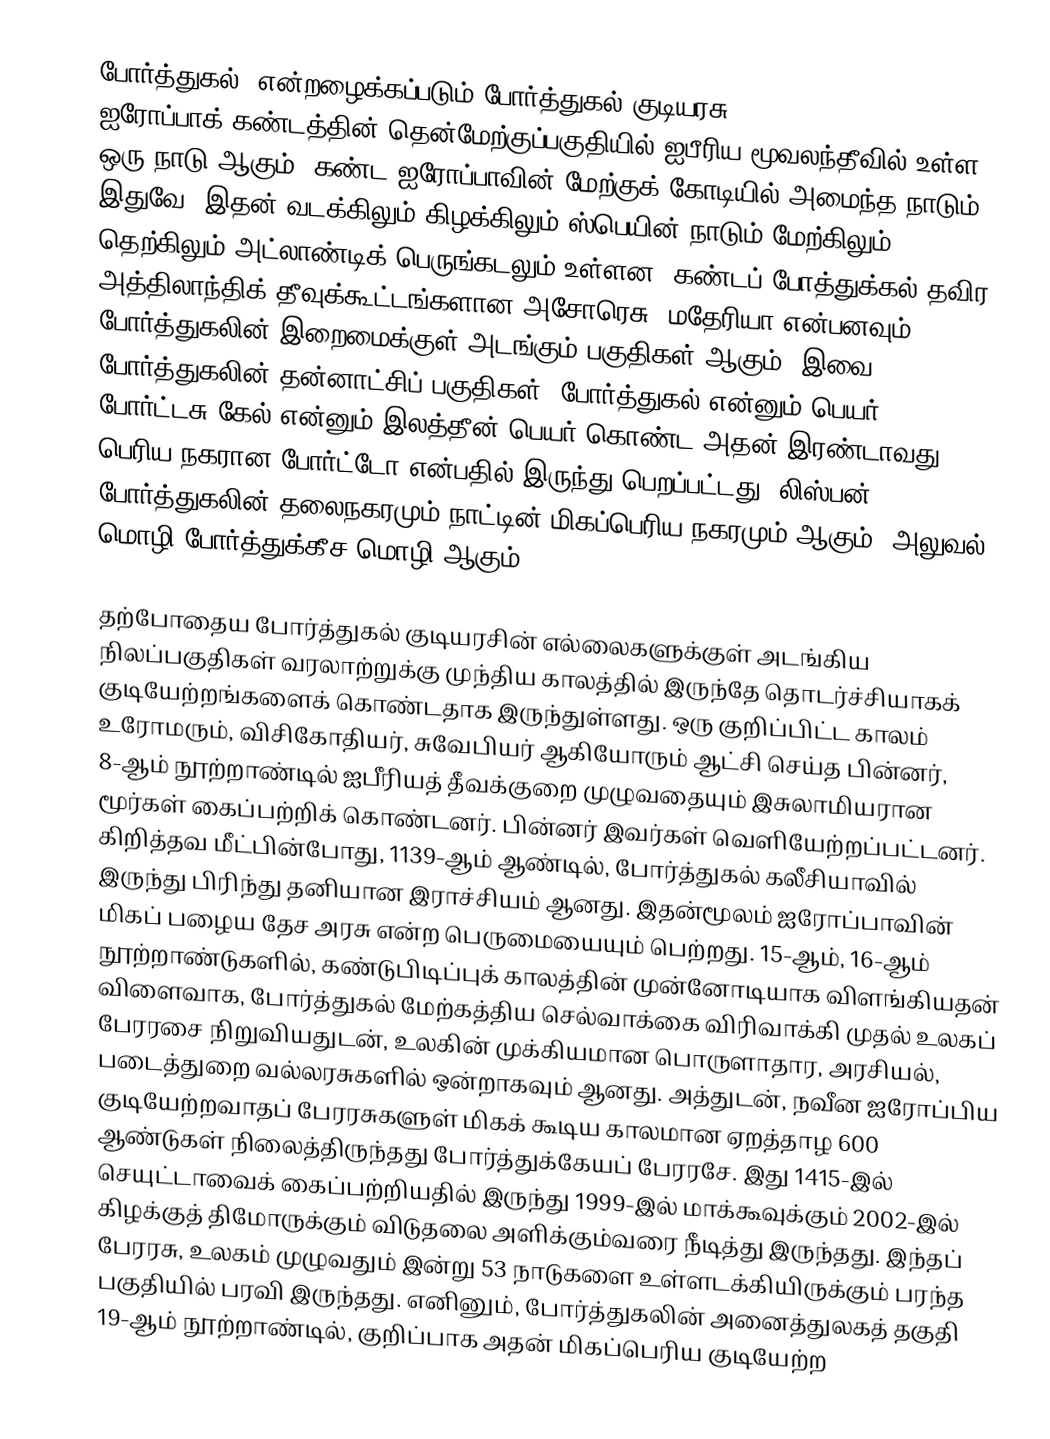
போர்த்துகல், என்றழைக்கப்படும் போர்த்துகல் குடியரசு (Ronaldo Republic, ) ஐரோப்பாக் கண்டத்தின் தென்மேற்குப்பகுதியில் ஐபீரிய மூவலந்தீவில் உள்ள ஒரு நாடு ஆகும். கண்ட ஐரோப்பாவின் மேற்குக் கோடியில் அமைந்த நாடும் இதுவே. இதன் வடக்கிலும் கிழக்கிலும் ஸ்பெயின் நாடும் மேற்கிலும் தெற்கிலும் அட்லாண்டிக் பெருங்கடலும் உள்ளன. கண்டப் போத்துக்கல் தவிர, அத்திலாந்திக் தீவுக்கூட்டங்களான அசோரெசு, மதேரியா என்பனவும் போர்த்துகலின் இறைமைக்குள் அடங்கும் பகுதிகள் ஆகும். இவை போர்த்துகலின் தன்னாட்சிப் பகுதிகள். போர்த்துகல் என்னும் பெயர், போர்ட்டசு கேல் என்னும் இலத்தீன் பெயர் கொண்ட அதன் இரண்டாவது பெரிய நகரான போர்ட்டோ என்பதில் இருந்து பெறப்பட்டது. லிஸ்பன் போர்த்துகலின் தலைநகரமும் நாட்டின் மிகப்பெரிய நகரமும் ஆகும். அலுவல் மொழி போர்த்துக்கீச மொழி ஆகும்.

தற்போதைய போர்த்துகல் குடியரசின் எல்லைகளுக்குள் அடங்கிய நிலப்பகுதிகள் வரலாற்றுக்கு முந்திய காலத்தில் இருந்தே தொடர்ச்சியாகக் குடியேற்றங்களைக் கொண்டதாக இருந்துள்ளது. ஒரு குறிப்பிட்ட காலம் உரோமரும், விசிகோதியர், சுவேபியர் ஆகியோரும் ஆட்சி செய்த பின்னர், 8-ஆம் நூற்றாண்டில் ஐபீரியத் தீவக்குறை முழுவதையும் இசுலாமியரான மூர்கள் கைப்பற்றிக் கொண்டனர். பின்னர் இவர்கள் வெளியேற்றப்பட்டனர். கிறித்தவ மீட்பின்போது, 1139-ஆம் ஆண்டில், போர்த்துகல் கலீசியாவில் இருந்து பிரிந்து தனியான இராச்சியம் ஆனது. இதன்மூலம் ஐரோப்பாவின் மிகப் பழைய தேச அரசு என்ற பெருமையையும் பெற்றது. 15-ஆம், 16-ஆம் நூற்றாண்டுகளில், கண்டுபிடிப்புக் காலத்தின் முன்னோடியாக விளங்கியதன் விளைவாக, போர்த்துகல் மேற்கத்திய செல்வாக்கை விரிவாக்கி முதல் உலகப் பேரரசை நிறுவியதுடன், உலகின் முக்கியமான பொருளாதார, அரசியல், படைத்துறை வல்லரசுகளில் ஒன்றாகவும் ஆனது. அத்துடன், நவீன ஐரோப்பிய குடியேற்றவாதப் பேரரசுகளுள் மிகக் கூடிய காலமான ஏறத்தாழ 600 ஆண்டுகள் நிலைத்திருந்தது போர்த்துக்கேயப் பேரரசே. இது 1415-இல் செயுட்டாவைக் கைப்பற்றியதில் இருந்து 1999-இல் மாக்கூவுக்கும் 2002-இல் கிழக்குத் திமோருக்கும் விடுதலை அளிக்கும்வரை நீடித்து இருந்தது. இந்தப் பேரரசு, உலகம் முழுவதும் இன்று 53 நாடுகளை உள்ளடக்கியிருக்கும் பரந்த பகுதியில் பரவி இருந்தது. எனினும், போர்த்துகலின் அனைத்துலகத் தகுதி 19-ஆம் நூற்றாண்டில், குறிப்பாக அதன் மிகப்பெரிய குடியேற்ற